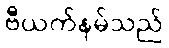
ဗီယက်နမ်သည်